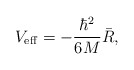
\begin{align*}V_{\rm eff}=-\frac{\hbar ^2}{6M}\bar R,\end{align*}